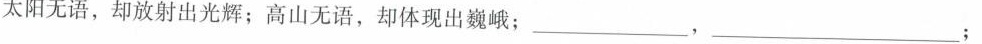
太阳无语，却放射出光辉；高山无语，却体现出巍峨；__，______;